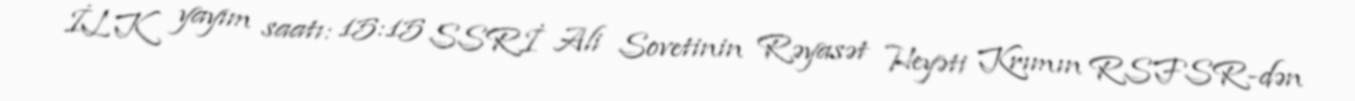
İLK yayım saatı: 15:15 SSRİ Ali Sovetinin Rəyasət Heyəti Krımın RSFSR-dən